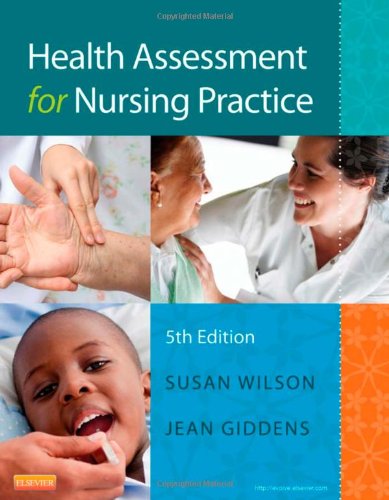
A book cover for Health Assessment for Nursing Practice, 5e; Susan F. Wilson RN  PhD  CS  FNP; Medical Books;